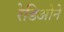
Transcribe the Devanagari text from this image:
रेडिओने